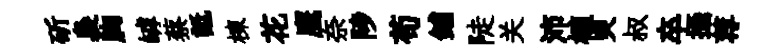
斫裊胸罅蔡詆棟花鹰奈陟苟鋪陡关沛植㬰叔卒攝荐